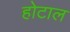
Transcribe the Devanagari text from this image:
होटाल